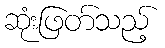
ဆုံးဖြတ်သည့်